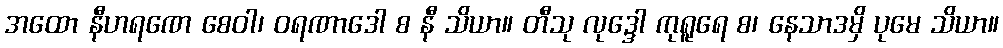
အထော နီဟရဏေ စေဝါ၊ ဝရဏာဒေါ စ နီ သိယာ။ တီသု လုဒ္ဒေါ ကုရူရေ စ၊ နေသာဒမှိ ပုမေ သိယာ။